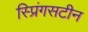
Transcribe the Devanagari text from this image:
स्प्रिंगसटीन